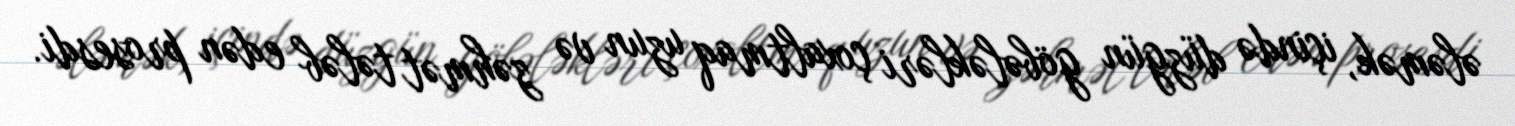
ələmək, içində düzgün göbələkləri çoxaltmaq uzun və zəhmət tələb edən prosesdi.